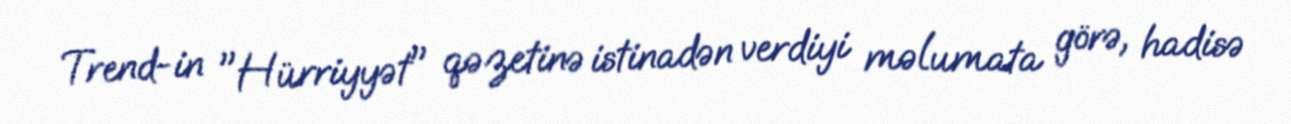
Trend-in "Hürriyyət" qəzetinə istinadən verdiyi məlumata görə, hadisə